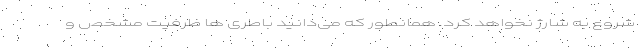
شروع به شارژ نخواهد کرد. همانطور که می‌دانید باطری ها ظرفیت مشخص و